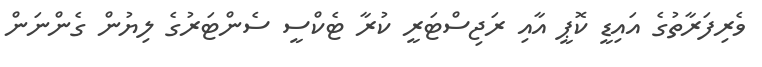
ވެރިފަރާތުގެ އައިޑީ ކޮޕީ އާއި ރަޖިސްޓަރީ ކުރާ ޓެކްސީ ސެންޓަރުގެ ލިޔުން ގެންނަން